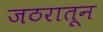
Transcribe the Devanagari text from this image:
जठरातून